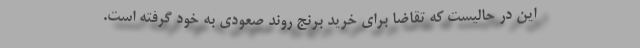
این در حالیست که تقاضا برای خرید برنج روند صعودی به خود گرفته است.